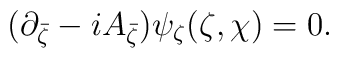
(\partial_{\bar{\zeta}}-i A_{\bar{\zeta}}) \psi_\zeta(\zeta,\chi)=0.